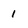
Character: 1